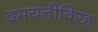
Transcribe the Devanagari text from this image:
दमयंतीविरह